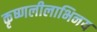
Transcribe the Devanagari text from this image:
कृष्णलीलाभिनय